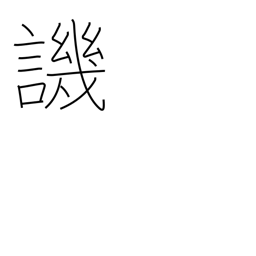
Meaning: criticize